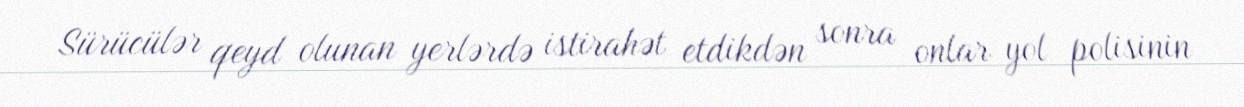
Sürücülər qeyd olunan yerlərdə istirahət etdikdən sonra onlar yol polisinin